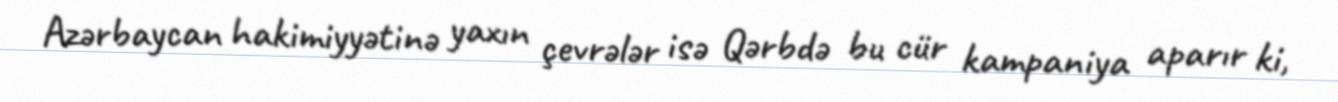
Azərbaycan hakimiyyətinə yaxın çevrələr isə Qərbdə bu cür kampaniya aparır ki,